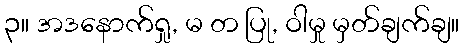
၃။ အဒနောက်ရှု, မ တ ပြု, ဝါမှု မှတ်ချက်ချ။